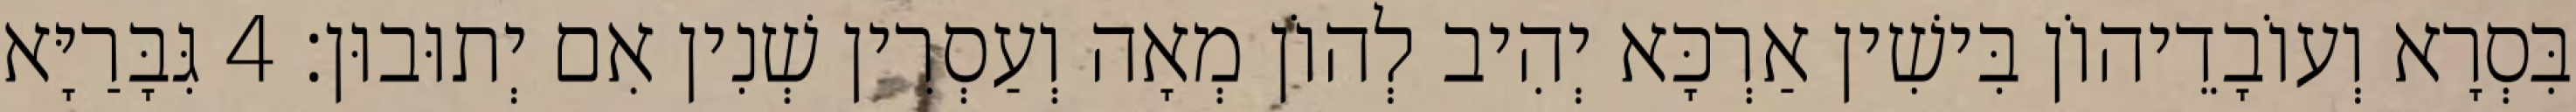
בִּסְרָא וְעוֹבָדֵיהוֹן בִּישִׁין אַרְכָּא יְהִיב לְהוֹן מְאָה וְעַסְרִין שְׁנִין אִם יְתוּבוּן׃ 4 גִּבָּרַיָּא